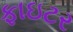
ફાઇટર